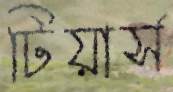
টিয়ার্স